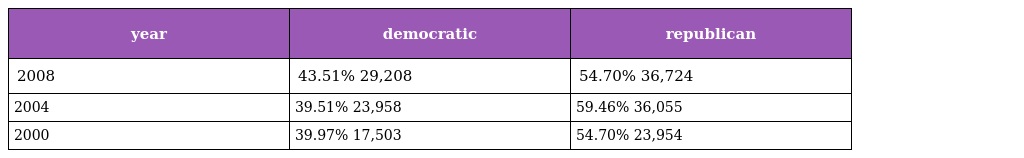
| year | democratic | republican |
 | --- | --- | --- |
 | 2008 | 43.51% 29,208 | 54.70% 36,724 |
 | 2004 | 39.51% 23,958 | 59.46% 36,055 |
 | 2000 | 39.97% 17,503 | 54.70% 23,954 |